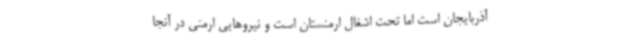
آذربایجان است اما تحت اشغال ارمنستان است و نیروهایی ارمنی در آنجا